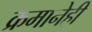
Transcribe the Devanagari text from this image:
क्रमानेही